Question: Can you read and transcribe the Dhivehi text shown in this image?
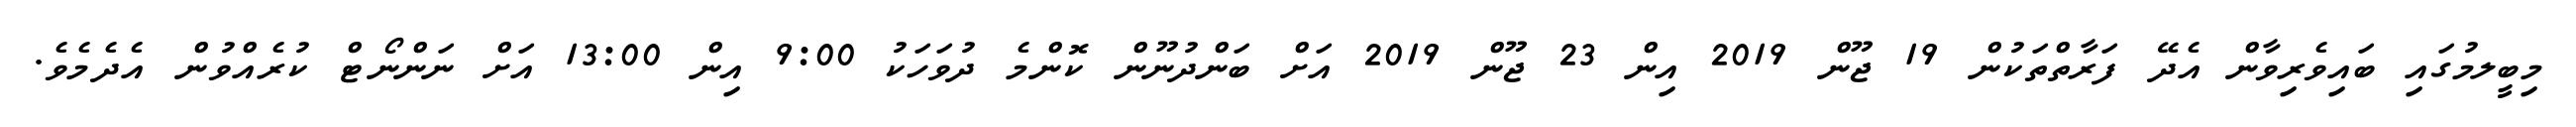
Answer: މިބީލމުގައި ބައިވެރިވާން އެދޭ ފަރާތްތަކުން 19 ޖޫން 2019 އިން 23 ޖޫން 2019 އަށް ބަންދުނޫން ކޮންމެ ދުވަހަކު 9:00 އިން 13:00 އަށް ނަންނޯޓް ކުރެއްވުން އެދެމެވެ.